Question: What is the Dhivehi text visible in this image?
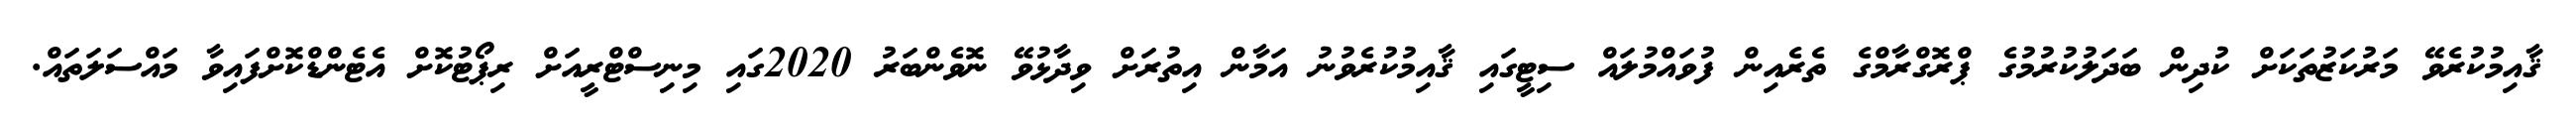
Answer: ޤާއިމުކުރެވޭ މަރުކަޒުތަކަށް ކުދިން ބަދަލުކުރުމުގެ ޕްރޮގްރާމްގެ ތެރެއިން ފުވައްމުލައް ސިޓީގައި ޤާއިމުކުރެވުނު އަމާން އިތުރަށް ވިދާޅުވޭ ނޮވެންބަރު 2020ގައި މިނިސްޓްރީއަށް ރިޕޯޓުކޮށް އެޓެންޑްކޮށްފައިވާ މައްސަލަތައް.